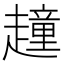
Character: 𧽿